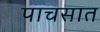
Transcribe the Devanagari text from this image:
पाचसात